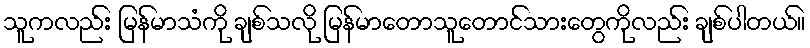
သူကလည်း မြန်မာသံကို ချစ်သလို မြန်မာတောသူတောင်သားတွေကိုလည်း ချစ်ပါတယ်။